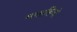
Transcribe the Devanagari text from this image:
मसाहिनो